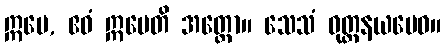
ဣမေ, ဧဝံ ဣမေတိ အတ္ထော။ သေသံ ဝုတ္တနယမေဝ။